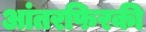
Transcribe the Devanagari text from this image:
आंतरफिरकी